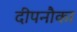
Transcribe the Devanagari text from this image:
दीपनौका